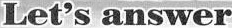
Let's answer